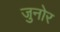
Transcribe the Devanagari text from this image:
जुनोर